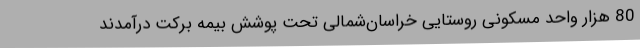
80 هزار واحد مسکونی روستایی خراسان‌شمالی تحت پوشش بیمه برکت درآمدند